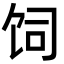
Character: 饲